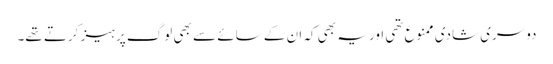
دوسری شادی ممنوع تھی اور یہ بھی کہ ان کے سائے سے بھی لوگ پرہیز کرتے تھے۔